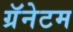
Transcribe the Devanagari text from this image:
ग्रॅनेटम